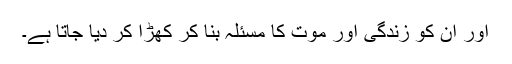
اور ان کو زندگی اور موت کا مسئلہ بنا کر کھڑا کر دیا جاتا ہے۔